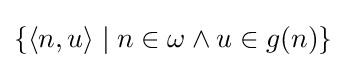
\{\langle n,u\rangle \mid n\in \omega \land u\in g(n)\}